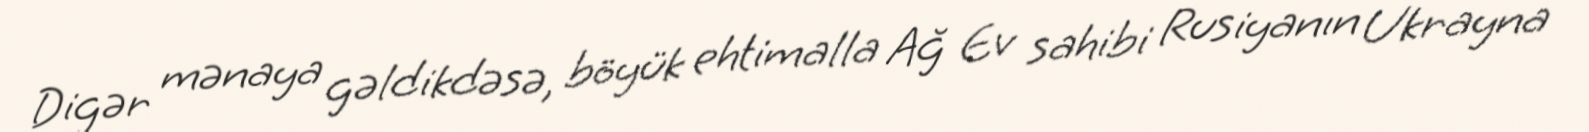
Digər mənaya gəldikdəsə, böyük ehtimalla Ağ Ev sahibi Rusiyanın Ukrayna